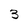
Character: 3